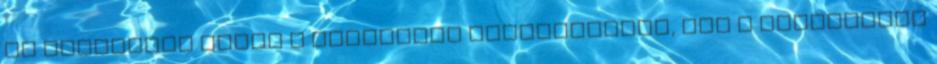
is szigorúan bánik a pornográf tartalmakkal, így a társkereső